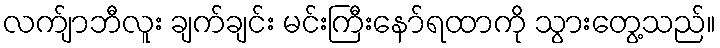
လက်ျာဘီလူး ချက်ချင်း မင်းကြီးနော်ရထာကို သွားတွေ့သည်။